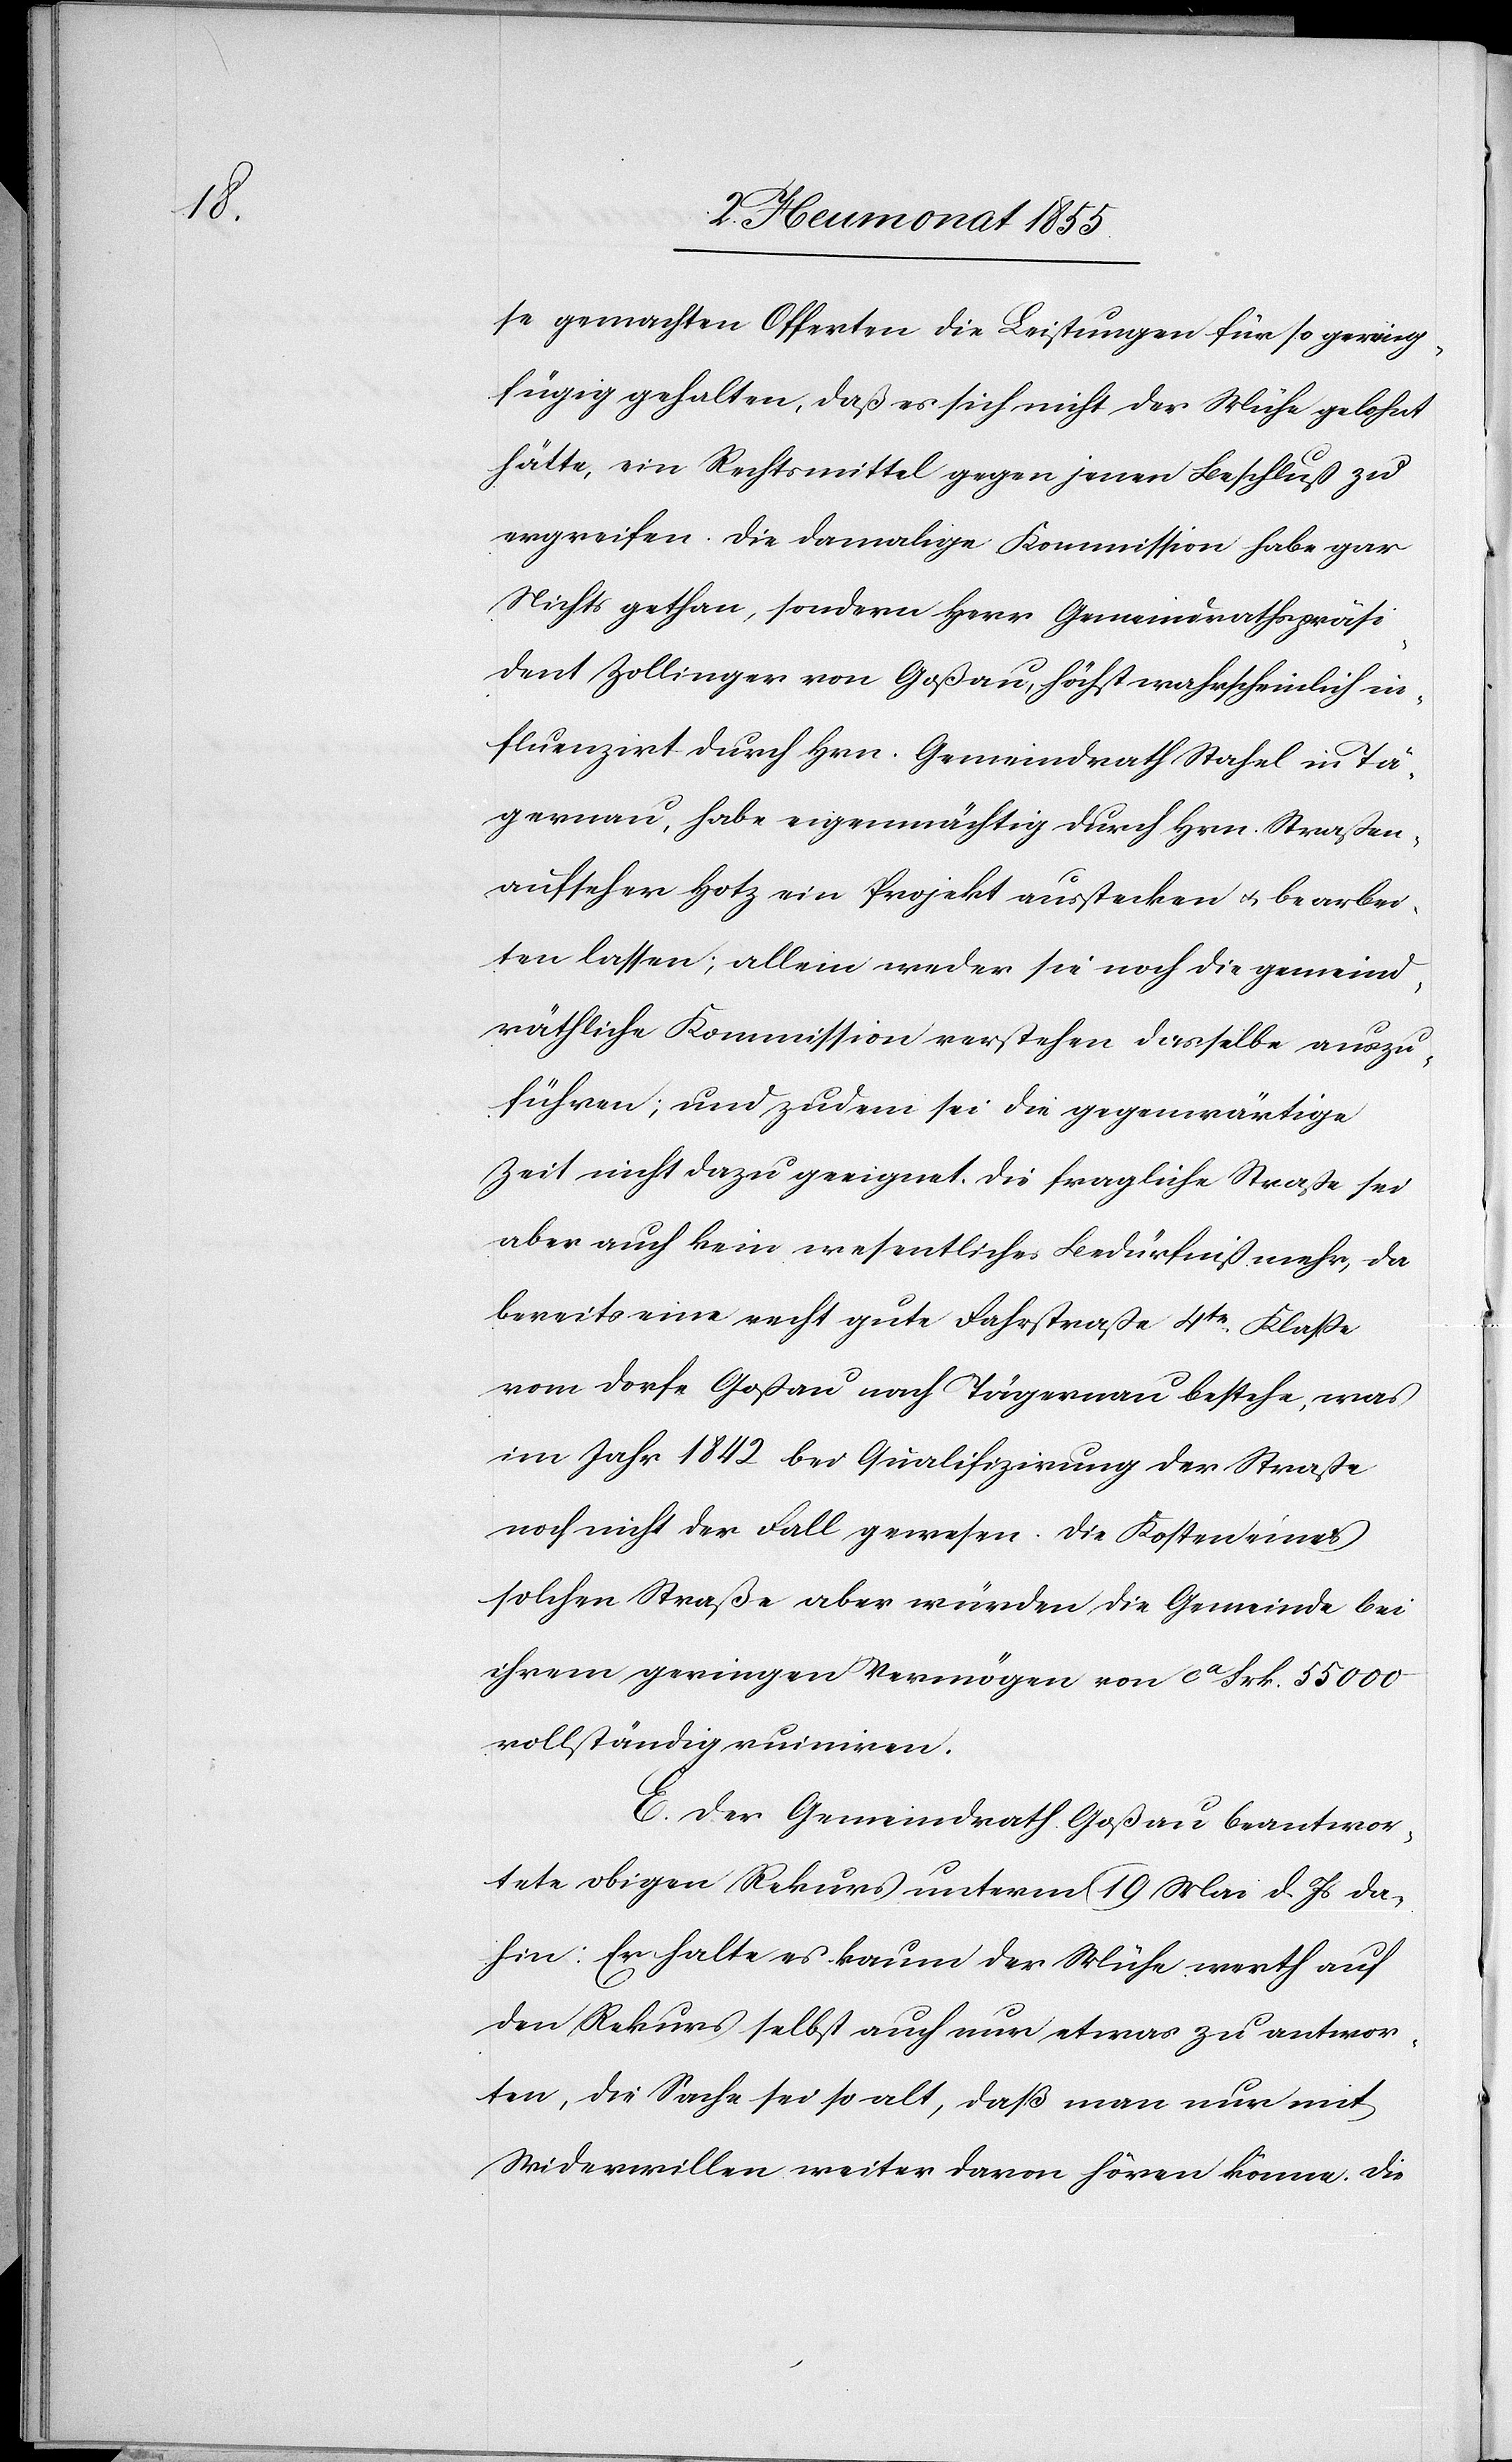
se gemachten Offerten die Leistungen für so gering¬
fügig gehalten, daß es sich nicht der Mühe gelohnt
hätte, ein Rechtsmittel gegen jenen Beschluß zu
ergreifen. Die damalige Kommission habe gar
Nichts gethan, sondern Herr Gemeindrathspräsi¬
dent Zollinger von Goßau, höchst wahrscheinlich in¬
fluenzirt durch Hrn. Gemeindrath Stahel in Tä¬
gernau, habe eigenmächtig durch Hrn. Straßen¬
aufseher Hotz ein Projekt ausstecken & bearbei¬
ten lassen; allein weder sie noch die gemeind¬
räthliche Kommission verstehen dasselbe auszu¬
führen; und zudem sei die gegenwärtige
Zeit nicht dazu geeignet. Die fragliche Straße sei
aber auch kein wesentliches Bedürfniß mehr, da
bereits eine recht gute Fahrstraße 4tr. Klasse
vom Dorfe Goßau nach Tägernau bestehe, was
im Jahr 1842 bei Qualifizirung der Straße
noch nicht der Fall gewesen. Die Kosten einer
solchen Straße aber würden die Gemeinde bei
ihrem geringen Vermögen von ca Frk. 55 000
vollständig ruiniren.
E. Der Gemeindrath Goßau beantwor¬
tete obigen Rekurs unterm 19 Mai d. Js da¬
hin: Er halte es kaum der Mühe werth auf
den Rekurs selbst auch nur etwas zu antwor¬
ten, die Sache sei so alt, daß man nur mit
Widerwillen weiter davon hören könne. Die